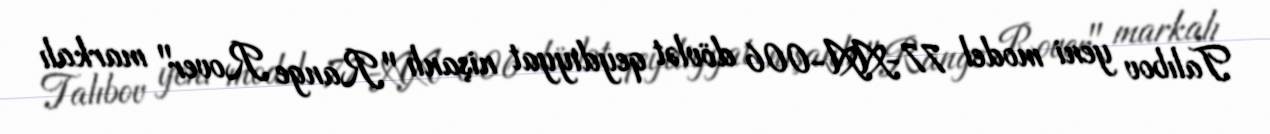
Talıbov yeni model 77-AA-006 dövlət qeydiyyat nişanlı "Range Rover" markalı